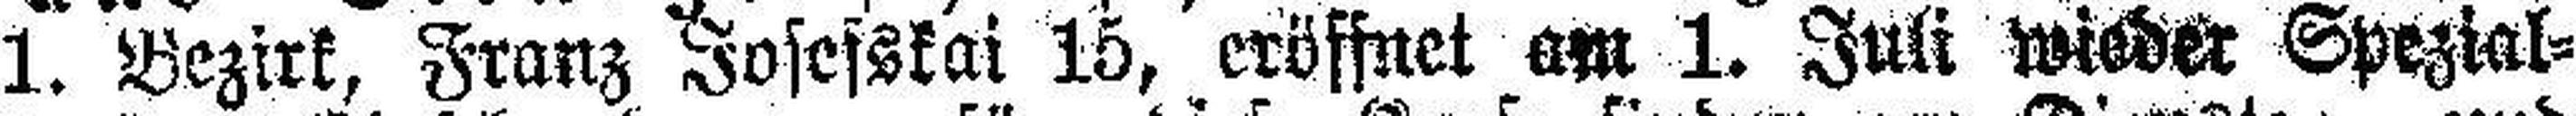
1. Bezirk, Franz Josefskai 15, eröffnet am 1. Juli wieder Spezial¬